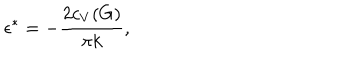
LaTeX: \epsilon ^ { * } = - { \frac { 2 c _ { V } ( G ) } { \pi k } } ,